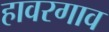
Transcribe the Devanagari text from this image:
हावरगाव